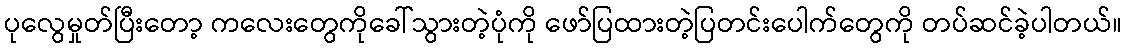
ပုလွေမှုတ်ပြီးတော့ ကလေးတွေကိုခေါ်သွားတဲ့ပုံကို ဖော်ပြထားတဲ့ပြတင်းပေါက်တွေကို တပ်ဆင်ခဲ့ပါတယ်။